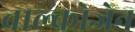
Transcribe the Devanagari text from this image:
चाल्कोजेन